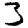
Digit: 3